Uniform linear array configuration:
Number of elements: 32
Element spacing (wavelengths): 1
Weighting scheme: hann
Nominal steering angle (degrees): -15
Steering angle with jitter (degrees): -16.719
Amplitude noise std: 0.05
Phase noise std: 0.05

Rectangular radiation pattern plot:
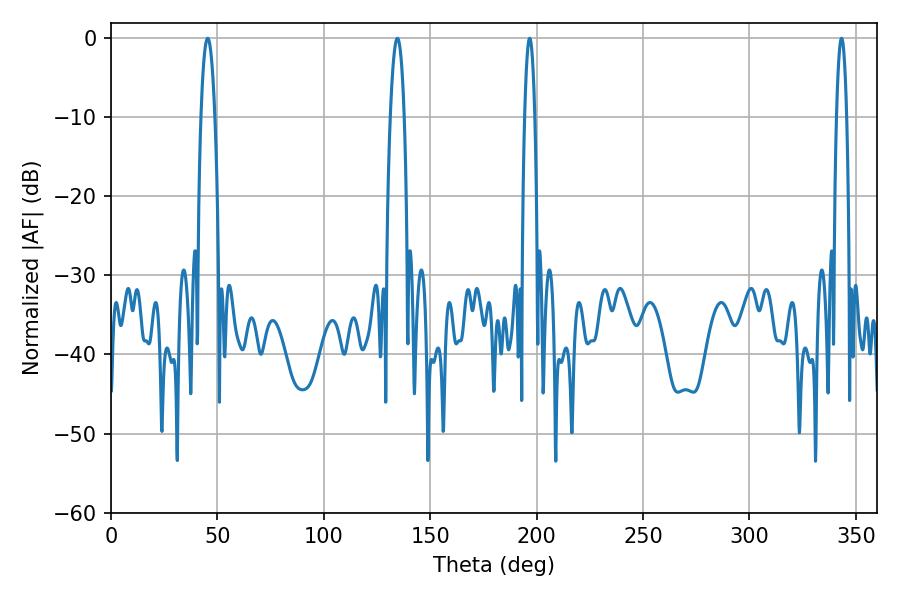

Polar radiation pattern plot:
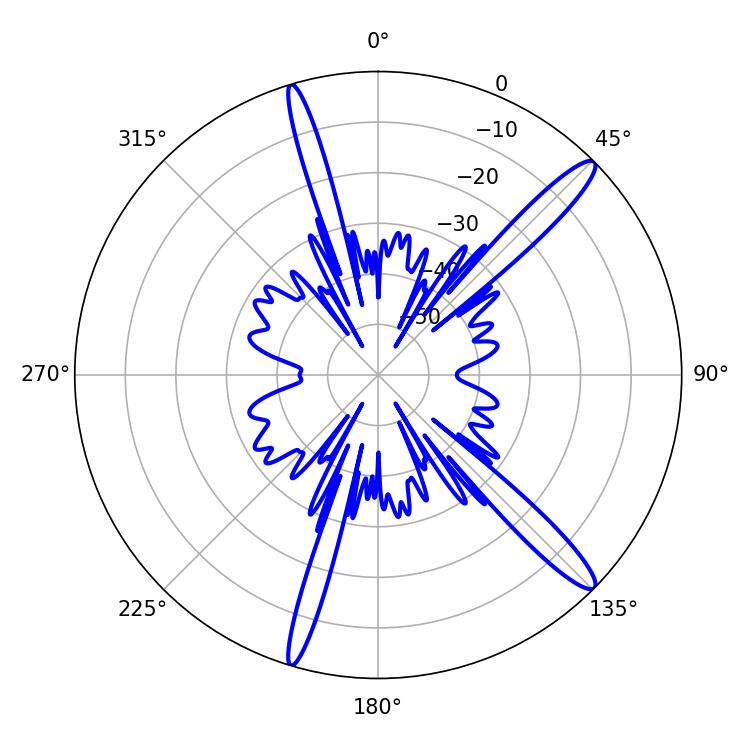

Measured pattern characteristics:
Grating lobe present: TRUE
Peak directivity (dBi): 14.645
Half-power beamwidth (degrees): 2.52
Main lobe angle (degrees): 343.26